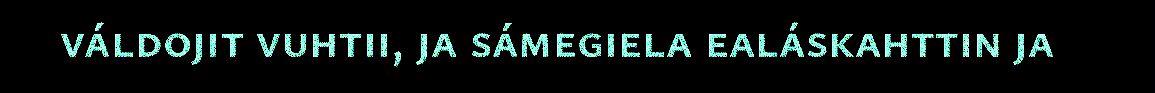
váldojit vuhtii, ja sámegiela ealáskahttin ja